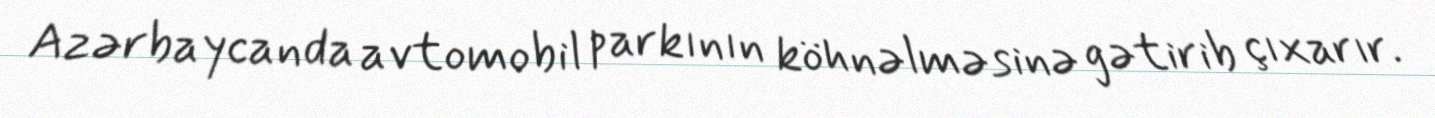
Azərbaycanda avtomobil parkının köhnəlməsinə gətirib çıxarır.